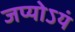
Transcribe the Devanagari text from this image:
जप्योऽयं